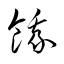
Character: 餓